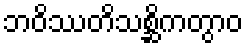
ဘဝိဿတိသစ္ဆိကတွာဝ